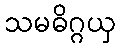
သမဓိဂ္ဂယှ